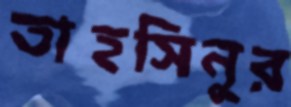
তাহসিনুর